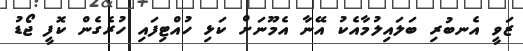
ޒަވީ އެނބުރި ބަލައިލުމާއެކު އޭނާ އެމޫނަށް ކަޅި ހުއްޓިފައި ހުރެގެން ކޮފީ ޖޯޑު